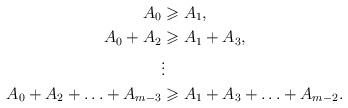
LaTeX: \begin{align*}A_0 & \geqslant A_1, \\A_0+A_2 & \geqslant A_1+A_3 ,\\& \vdots \\A_0+A_2+ \ldots+A_{m-3} & \geqslant A_1+A_3+ \ldots+A_{m-2}.\end{align*}